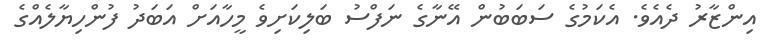
އިންޒާރު ދެއެވެ. އެކަމުގެ ސަބަބުން އޭނާގެ ނަފްސު ބަލިކަށިވެ މީހާއަށް އަބަދު ފުންހިޔާލެއްގެ